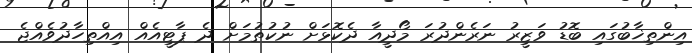
އިންތިޚާބުގައި ބޮޑު ވަޒީރު ނަރެންދުރަ މޯދީއާ ދެކޮޅަށް ނުކުތުމަށް ދެ ޕާޓީއެއް އިއްތިހާދުވެއްޖެ